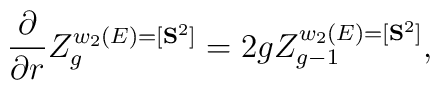
{\partial \over \partial r}Z^{w_2(E)=[{\bf S}^2]}_{g}=2gZ^{w_2(E)=[{\bf S}^2]}_{g-1},